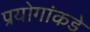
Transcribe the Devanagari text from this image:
प्रयोगांकडे